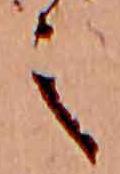
之